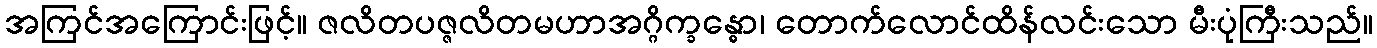
အကြင်အကြောင်းဖြင့်။ ဇလိတပဇ္ဇလိတမဟာအဂ္ဂိက္ခန္ဓော၊ တောက်လောင်ထိန်လင်းသော မီးပုံကြီးသည်။